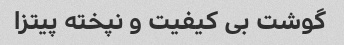
گوشت بی کیفیت و نپخته پیتزا